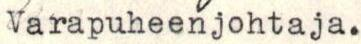
Varapuheenjohtaja.